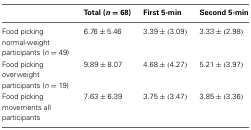
<table><thead><tr><td></td><td><b>Total (<i>n</i> = 68)</b></td><td><b>First 5-min</b></td><td><b>Second 5-min</b></td></tr></thead><tbody><tr><td>Food picking normal-weight participants (<i>n</i> = 49)</td><td>6.76 ± 5.46</td><td>3.39 ± (3.09)</td><td>3.33 ± (2.98)</td></tr><tr><td>Food picking overweight participants (<i>n</i> = 19)</td><td>9.89 ± 8.07</td><td>4.68 ± (4.27)</td><td>5.21 ± (3.97)</td></tr><tr><td>Food picking movements all participants</td><td>7.63 ± 6.39</td><td>3.75 ± (3.47)</td><td>3.85 ± (3.36)</td></tr></tbody></table>